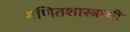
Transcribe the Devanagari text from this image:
गणितशास्त्राची